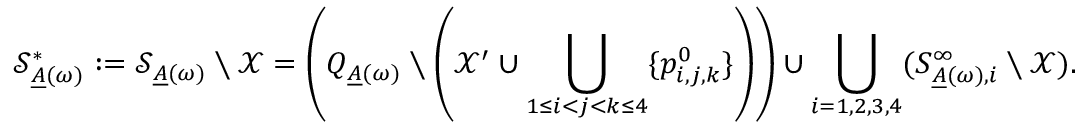
\mathcal { S } _ { \underline { { A } } ( \omega ) } ^ { * } : = \mathcal { S } _ { \underline { { A } } ( \omega ) } \setminus \mathcal { X } = \left( Q _ { \underline { { A } } ( \omega ) } \setminus \left( \mathcal { X } ^ { \prime } \cup \bigcup _ { 1 \leq i < j < k \leq 4 } \{ p _ { i , j , k } ^ { 0 } \} \right) \right) \cup \bigcup _ { i = 1 , 2 , 3 , 4 } ( S _ { \underline { { A } } ( \omega ) , i } ^ { \infty } \setminus \mathcal { X } ) .